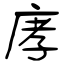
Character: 庨